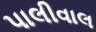
પાલીવાલ